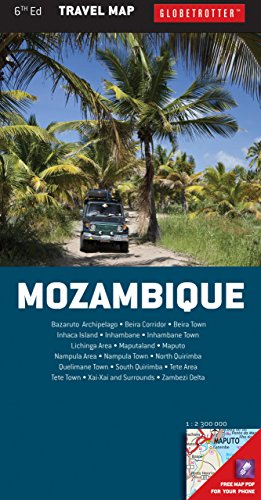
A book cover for Mozambique Travel Map (Globetrotter Travel Map); Globetrotter; Travel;